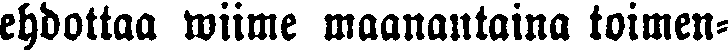
ehdottaa wiime maanantaina toimen-